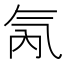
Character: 氝